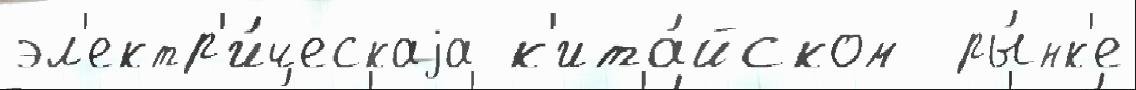
эл'ектр'и́ческаjа к'ита́йском  ры́нк'е